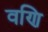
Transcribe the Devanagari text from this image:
वणि